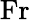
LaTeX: \textnormal{Fr}